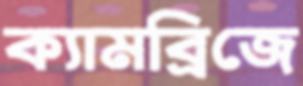
ক্যামব্রিজে